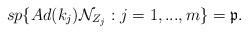
LaTeX: \begin{align*}sp\{Ad(k_{j})\mathcal{N}_{Z_{j}}:j=1,...,m\}=\mathfrak{p.} \end{align*}